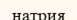
натрия